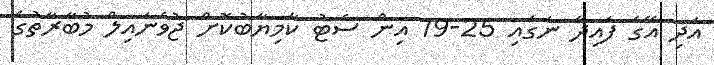
އަދި އޭގެ ފައިދާ ނަގައި 25-19 އިން ސެޓު ކާމިޔާބުކޮށް ޖުވެނައިލް މުބާރާތުގެ